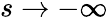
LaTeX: s\rightarrow-\infty